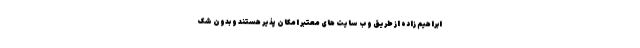
ابراهیم زاده از طریق وب سایت های معتبر امکان پذیر هستند و بدون شک